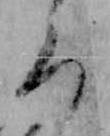
ろ